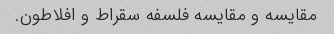
مقایسه و مقایسه فلسفه سقراط و افلاطون.